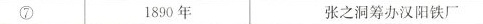
⑦ 1890年 张之洞筹办汉阳铁厂